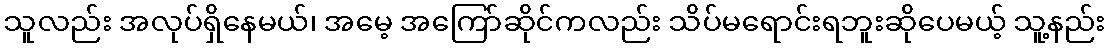
သူလည်း အလုပ်ရှိနေမယ်၊ အမေ့ အကြော်ဆိုင်ကလည်း သိပ်မရောင်းရဘူးဆိုပေမယ့် သူ့နည်း